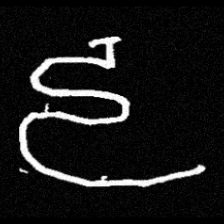
Pyu character \u2014 Myanmar letter: ဠ (romanized: lla)